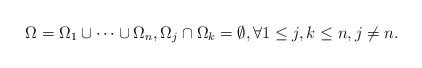
LaTeX: \begin{align*} \Omega=\Omega_1\cup \cdots \cup \Omega_n, \Omega_j \cap \Omega_k=\emptyset, \forall 1\leq j,k \leq n, j \neq n. \end{align*}